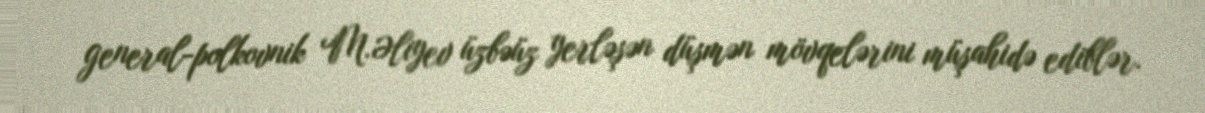
general-polkovnik M.Əliyev üzbəüz yerləşən düşmən mövqelərini müşahidə ediblər.